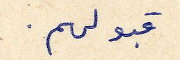
قبولهم.